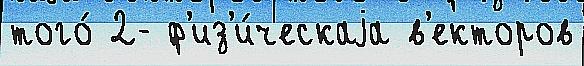
того́ 2- ф'из'и́ческаjа в'екторов